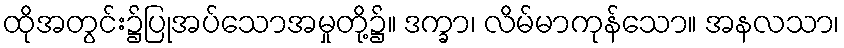
ထိုအတွင်း၌ပြုအပ်သောအမှုတို့၌။ ဒက္ခာ၊ လိမ်မာကုန်သော။ အနလသာ၊